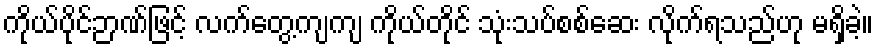
ကိုယ်ပိုင်ဉာဏ်ဖြင့် လက်တွေ့ကျကျ ကိုယ်တိုင် သုံးသပ်စစ်ဆေး လိုက်ရသည်ဟု မရှိခဲ့။